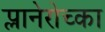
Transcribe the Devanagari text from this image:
प्लानेरोच्का